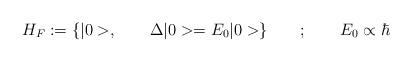
LaTeX: \begin{align*}H_F := {\{ |0>, \qquad \Delta |0> = E_0 |0> }\} \qquad ; \qquad E_0 \propto \hbar\end{align*}